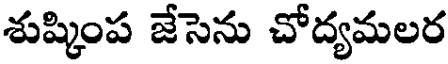
శుష్కింప జేసెను చోద్యమలర